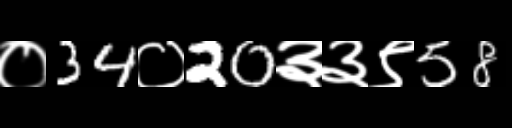
Text: ०34०20३३९58